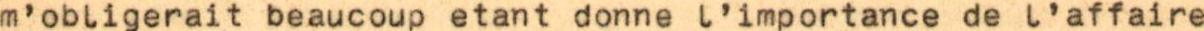
m'obligerait beaucoup etant donne l'importance de l'affaire